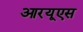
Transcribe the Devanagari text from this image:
आरयूएस